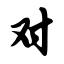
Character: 对